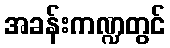
အခန်းကဏ္ဍတွင်